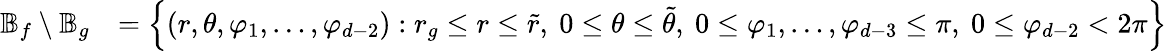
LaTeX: \begin{array}{rl}{\mathbb{B}_{f}\setminus\mathbb{B}_{g}}&{=\left\{ (r,\theta,\varphi_{1},\dots,\varphi_{d-2}):r_{g}\le r\le\tilde{r},\ 0\le\theta\le\tilde{\theta},\ 0\le\varphi_{1},\dots,\varphi_{d-3}\le\pi,\ 0\le\varphi_{d-2}<2\pi\right\} }\end{array}